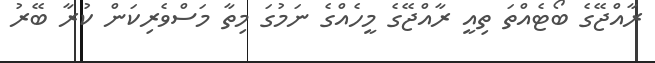
ރާއްޖޭގެ ބޯޓެއްތަ ތިއީ ރާއްޖޭގެ މީހެއްގެ ނަމުގަ މިތާ މަސްވެރިކަން ކުރާ ބޭރު